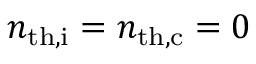
n _ { \mathrm { t h , i } } = n _ { \mathrm { t h , c } } = 0